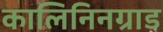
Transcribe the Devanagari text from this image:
कालिनिनग्राड